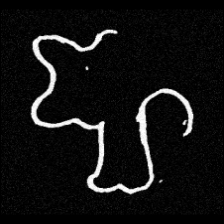
Pyu character \u2014 Myanmar letter: ဈ (romanized: jha)